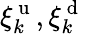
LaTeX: \xi_{k}^{\mathrm{~u~}},\xi_{k}^{\mathrm{~d~}}